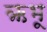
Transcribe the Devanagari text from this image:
ऋभू